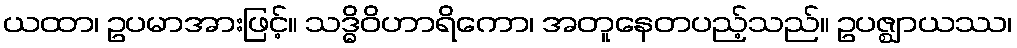
ယထာ၊ ဥပမာအားဖြင့်။ သဒ္ဓိဝိဟာရိကော၊ အတူနေတပည့်သည်။ ဥပဇ္ဈာယဿ၊